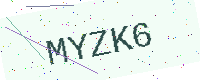
Text: MYZK6